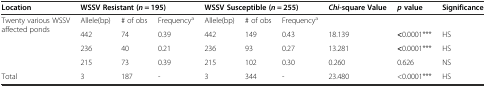
<table><thead><tr><td><b>Location</b></td><td colspan="3"><b>WSSV Resistant (<i>n</i> = 195)</b></td><td colspan="3"><b>WSSV Susceptible (<i>n</i> = 255)</b></td><td><b><i>Chi</i>-square Value</b></td><td><b><i>p</i>value</b></td><td><b>Significance</b></td></tr></thead><tbody><tr><td rowspan="4">Twenty various WSSV affected ponds</td><td>Allele(bp)</td><td># of obs</td><td>Frequency<sup>a</sup></td><td>Allele(bp)</td><td># of obs</td><td>Frequency<sup>a</sup></td><td></td><td></td><td></td></tr><tr><td>442</td><td>74</td><td>0.39</td><td>442</td><td>149</td><td>0.43</td><td>18.139</td><td><b>&lt;</b>0.0001***</td><td>HS</td></tr><tr><td>236</td><td>40</td><td>0.21</td><td>236</td><td>93</td><td>0.27</td><td>13.281</td><td><b>&lt;</b>0.0001***</td><td>HS</td></tr><tr><td>215</td><td>73</td><td>0.39</td><td>215</td><td>102</td><td>0.30</td><td>0.260</td><td>0.626</td><td>NS</td></tr><tr><td>Total</td><td>3</td><td>187</td><td>-</td><td>3</td><td>344</td><td>-</td><td>23.480</td><td>&lt;0.0001***</td><td>HS</td></tr></tbody></table>